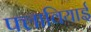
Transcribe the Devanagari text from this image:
फ्लावियाई